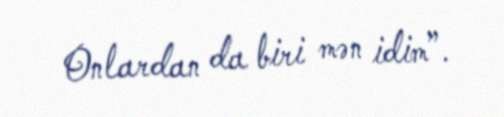
Onlardan da biri mən idim”.